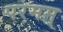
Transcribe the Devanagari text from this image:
परमम्